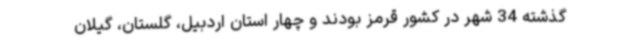
گذشته 34 شهر در کشور قرمز بودند و چهار استان اردبیل، گلستان، گیلان